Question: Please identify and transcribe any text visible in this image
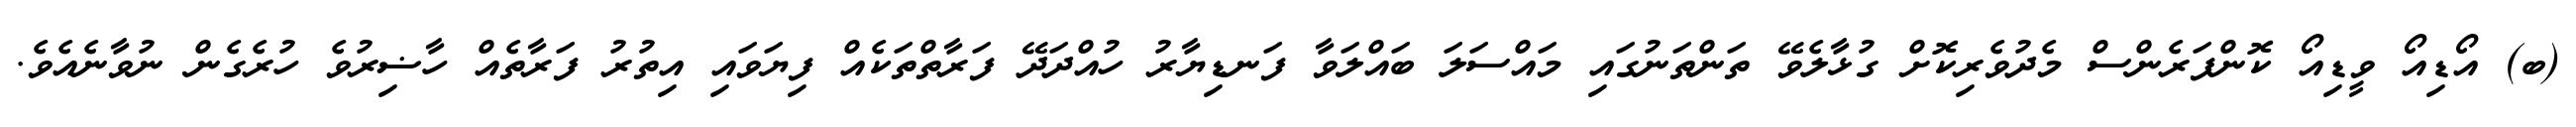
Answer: (ބ) އޯޑިއޯ ވީޑިއޯ ކޮންފަރެންސް މެދުވެރިކޮށް ގުޅާލެވޭ ތަންތަނުގައި މައްސަލަ ބައްލަވާ ފަނޑިޔާރު ހުއްދަދޭ ފަރާތްތަކެއް ފިޔަވައި އިތުރު ފަރާތެއް ހާޟިރުވެ ހުރެގެން ނުވާނެއެވެ.